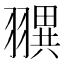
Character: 𦒖